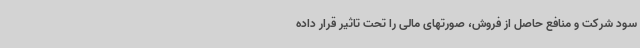
سود شرکت و منافع حاصل از فروش، صورتهای مالی را تحت تاثیر قرار داده